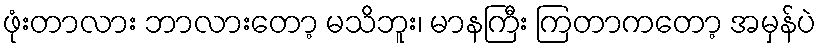
ဖုံးတာလား ဘာလားတော့ မသိဘူး၊ မာနကြီး ကြတာကတော့ အမှန်ပဲ